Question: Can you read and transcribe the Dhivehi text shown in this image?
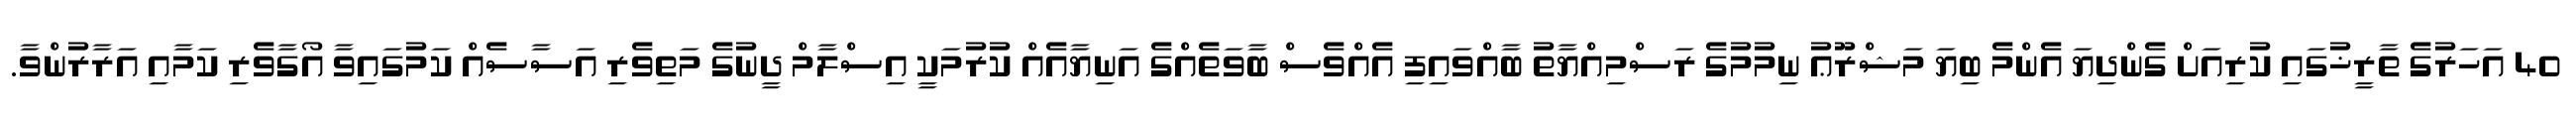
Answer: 40 އަހަރުގެ ތާރީޚުގައި ކުރިއަށް ގެންދިޔަ އެންމެ ބިޔަ މަޝްރޫޢު ނިމުމުގެ ރަސްމިއްޔާތު ބާއްވައިފި އެއްވެސް ބާވަތެއްގެ އަނިޔާއެއް ކުރުމަކީ އިސްލާމް ދީނުގެ މަތިވެރި އަސާސެއް ކަމުގައިވާ އޯގާވެރި ކަމާއި އަރާރުންވާ.